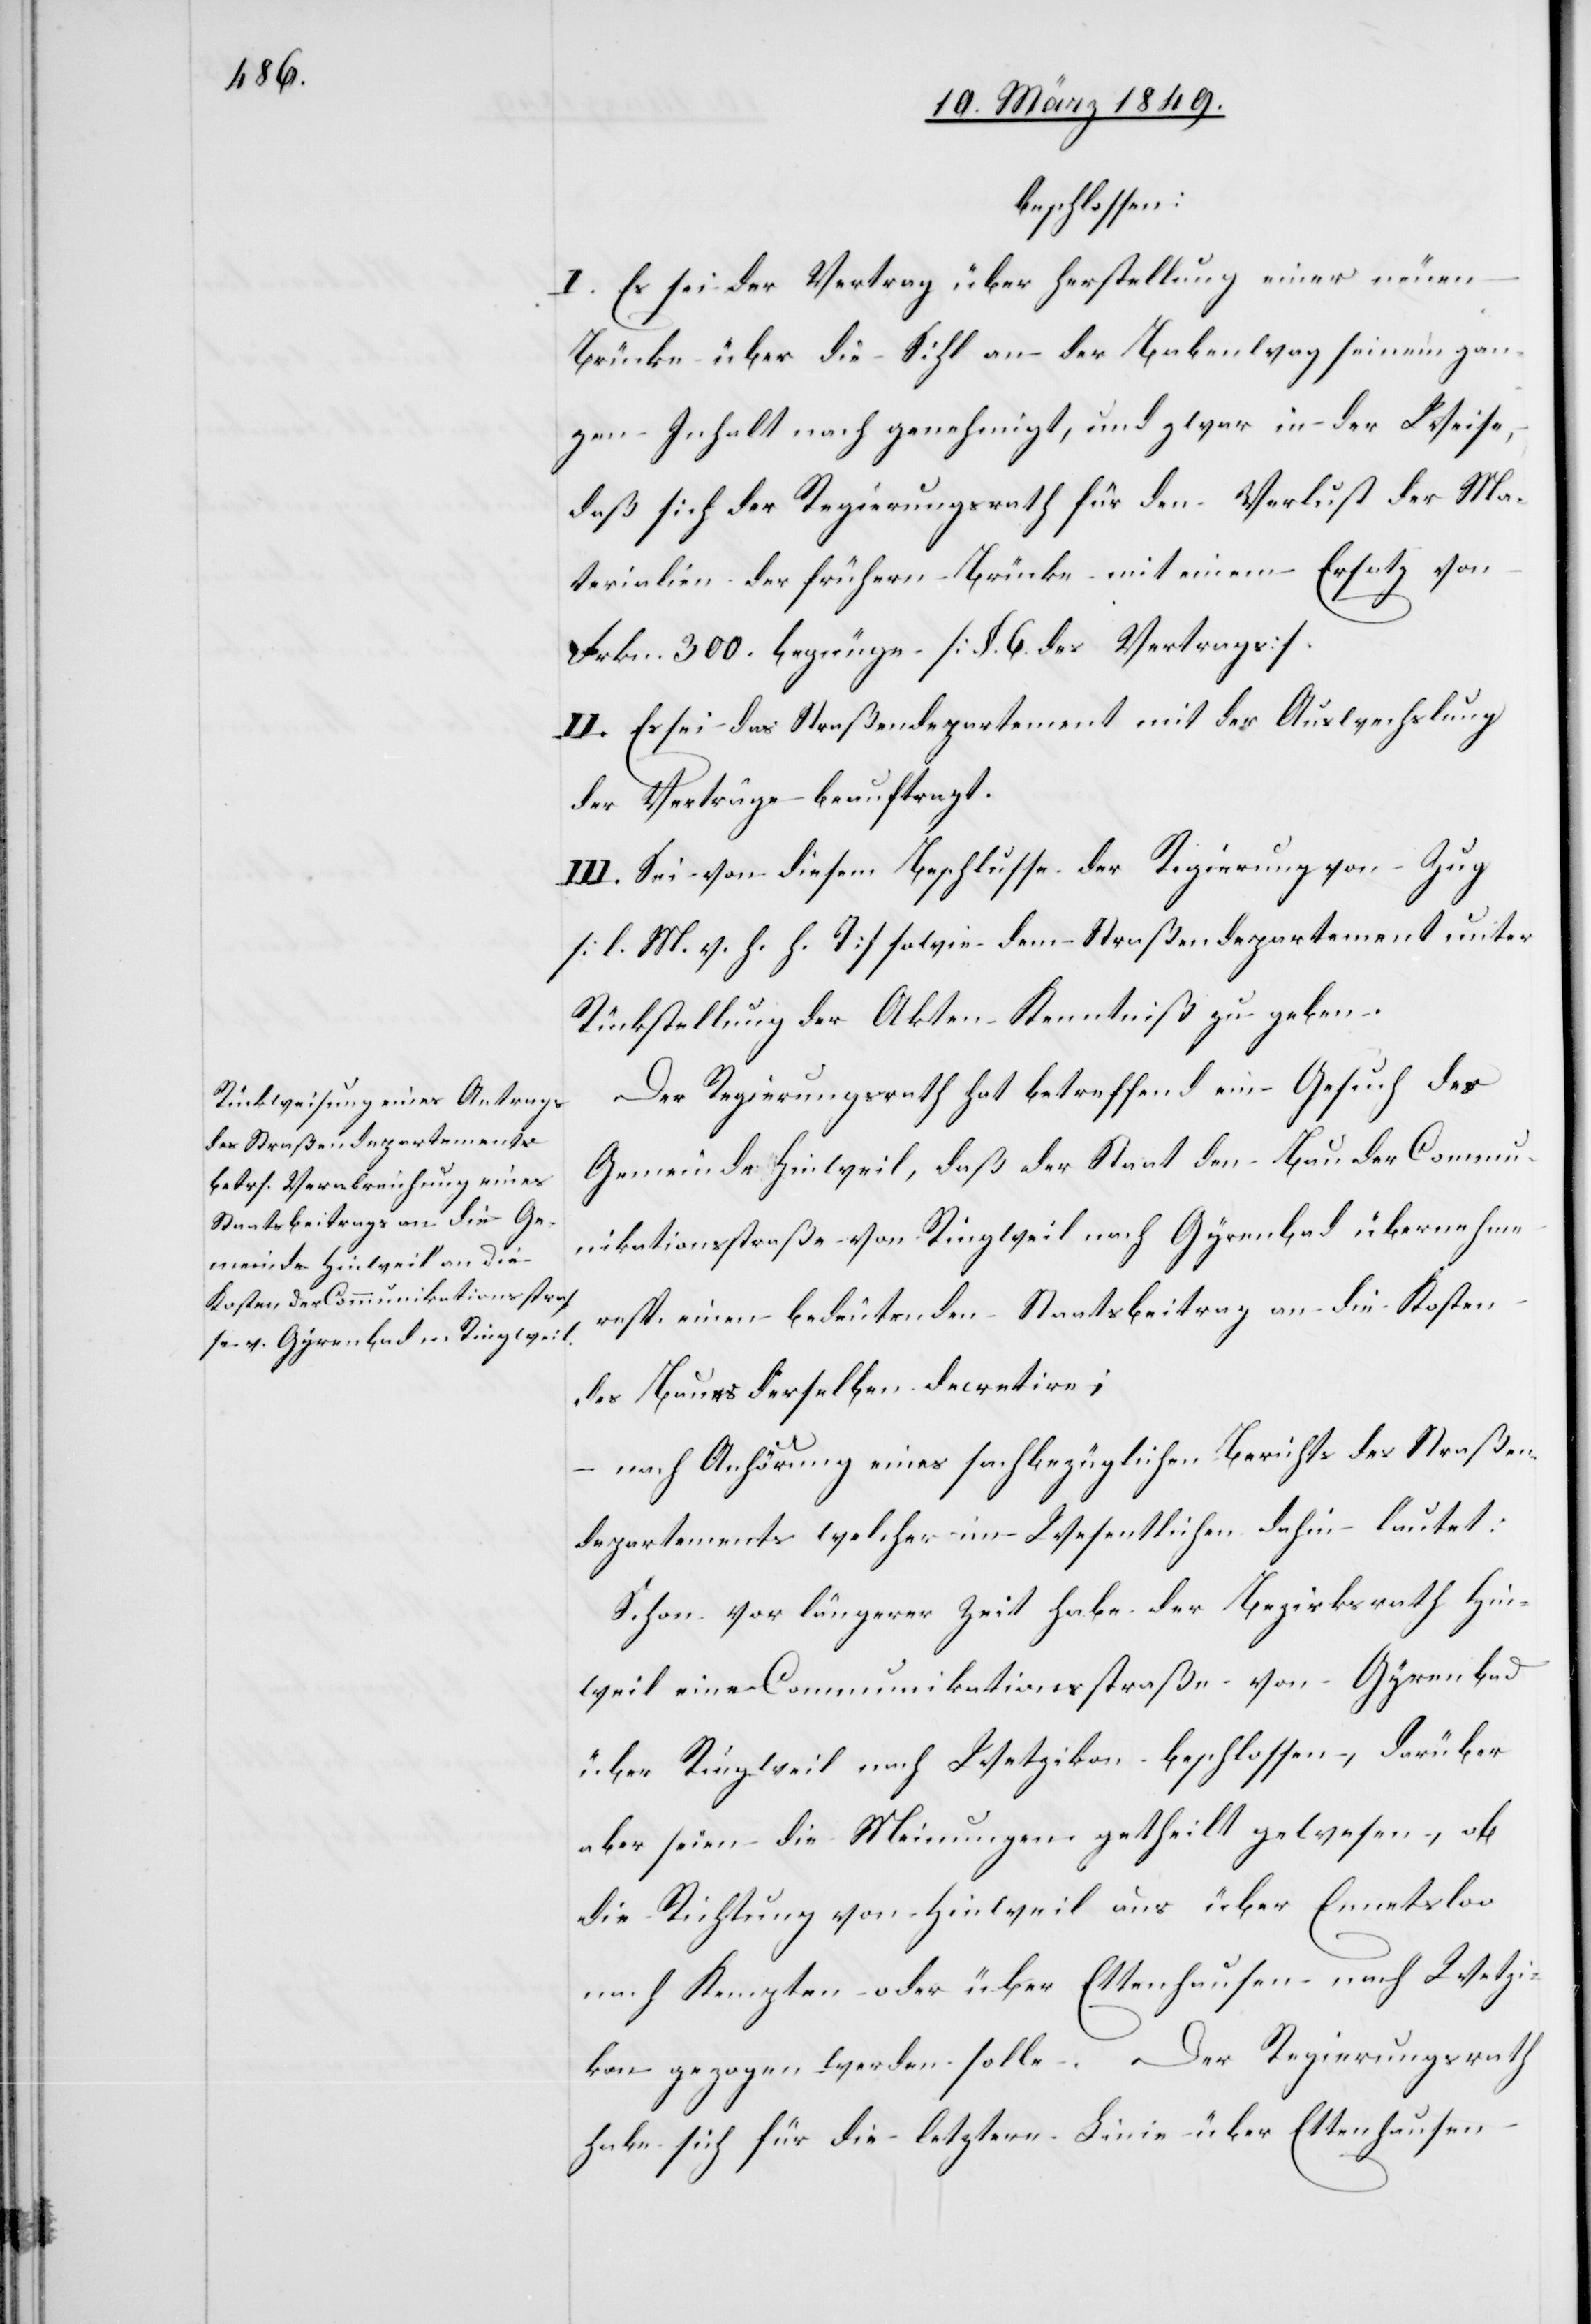
beschlossen:
I. Es sei der Vertrag über Herstellung einer neuen
Brücke über die Sihl an der Babenwag seinem gan¬
zen Inhalt nach genehmigt, und zwar in der Weise,
daß sich der Regierungsrath für den Verlust der Ma¬
terialien der frühern Brücke mit einem Ersatz von
Frkn. 300. begnüge [§. 6. des Vertrags].
II. Es sei das Straßendepartement mit der Auswechslung
der Verträge beauftragt.
III. Sei von diesem Beschlusse der Regierung von Zug
[l. M. v. h. h. T] [sic!] sowie dem Straßendepartement unter
Rückstellung der Akten Kenntniß zu geben.
Der Regierungsrath hat betreffend ein Gesuch der
Gemeinde Hinweil, daß der Staat den Bau der Commu¬
nikationsstraße von Ringweil nach Gyrenbad übernehme
resp. einen bedeutenden Staatsbeitrag an die Kosten
des Baues derselben decretire;
– nach Anhörung eines sachbezüglichen Berichts des Straßen¬
departements welcher im Wesentlichen dahin lautet:
Schon vor längerer Zeit habe der Bezirksrath Hin¬
weil eine Communikationsstraße von Gyrenbad
über Ringweil nach Wetzikon beschlossen, darüber
aber seien die Meinungen getheilt gewesen, ob
die Richtung von Hinweil aus über Ennetsloo
nach Kempten oder über Ettenhausen nach Wetzi¬
kon gezogen werden solle. Der Regierungsrath
habe sich für die letztere Linie über Ettenhausen